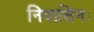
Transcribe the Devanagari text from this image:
निवासिनः